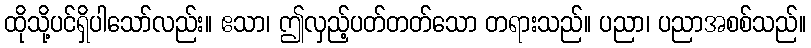
ထိုသို့ပင်ရှိပါသော်လည်း။ ဧသာ၊ ဤလှည့်ပတ်တတ်သော တရားသည်။ ပညာ၊ ပညာအစစ်သည်။